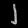
Digit: ၂